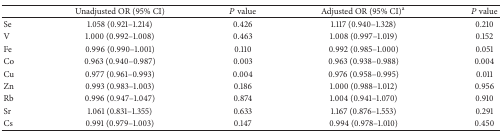
<table><thead><tr><td><b> </b></td><td><b>Unadjusted OR (95% CI)</b></td><td><b><i>P</i> value</b></td><td><b>Adjusted OR (95% CI)<sup>a</sup> </b></td><td><b><i>P</i> value</b></td></tr></thead><tbody><tr><td>Se</td><td>1.058 (0.921–1.214)</td><td>0.426</td><td>1.117 (0.940–1.328)</td><td>0.210</td></tr><tr><td>V</td><td>1.000 (0.992–1.008)</td><td>0.463</td><td>1.008 (0.997–1.019)</td><td>0.152</td></tr><tr><td>Fe</td><td>0.996 (0.990–1.001)</td><td>0.110</td><td>0.992 (0.985–1.000)</td><td>0.051</td></tr><tr><td>Co</td><td>0.963 (0.940–0.987)</td><td>0.003</td><td>0.963 (0.938–0.988)</td><td>0.004</td></tr><tr><td>Cu</td><td>0.977 (0.961–0.993)</td><td>0.004</td><td>0.976 (0.958–0.995)</td><td>0.011</td></tr><tr><td>Zn</td><td>0.993 (0.983–1.003)</td><td>0.186</td><td>1.000 (0.988–1.012)</td><td>0.956</td></tr><tr><td>Rb</td><td>0.996 (0.947–1.047)</td><td>0.874</td><td>1.004 (0.941–1.070)</td><td>0.910</td></tr><tr><td>Sr</td><td>1.061 (0.831–1.355)</td><td>0.633</td><td>1.167 (0.876–1.553)</td><td>0.291</td></tr><tr><td>Cs</td><td>0.991 (0.979–1.003)</td><td>0.147</td><td>0.994 (0.978–1.010)</td><td>0.450</td></tr></tbody></table>